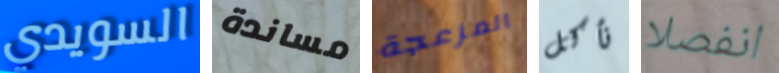
السويدي مساندة المزعجة نأكل انفصلا